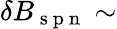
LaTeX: \delta B_{\mathrm{~s~p~n~}}\sim